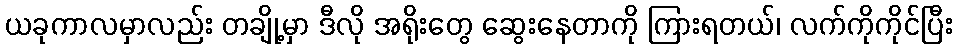
ယခုကာလမှာလည်း တချို့မှာ ဒီလို အရိုးတွေ ဆွေးနေတာကို ကြားရတယ်၊ လက်ကိုကိုင်ပြီး